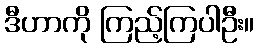
ဒီဟာကို ကြည့်ကြပါဦး။